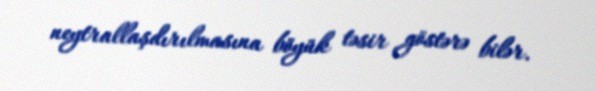
neytrallaşdırılmasına böyük təsir göstərə bilər.